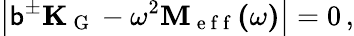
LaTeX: \left|\mathsf{b}^{\pm}\mathbf{{K_{\mathrm{{~G~}}}}}-\omega^{2}\mathbf{{M_{\mathrm{{~e~f~f~}}}(\omega)}}\right|=0\, ,